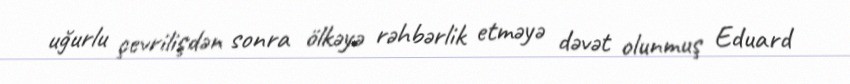
uğurlu çevrilişdən sonra ölkəyə rəhbərlik etməyə dəvət olunmuş Eduard